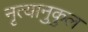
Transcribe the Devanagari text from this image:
नृत्यानुकुल